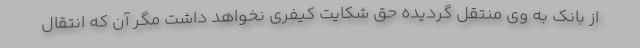
از بانک به وی منتقل گردیده حق شکایت کیفری نخواهد داشت مگر آن که انتقال